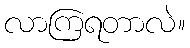
လာကြရတာလဲ။